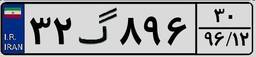
۳۲گ۸۹۶۳۰